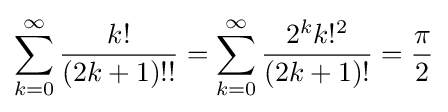
\sum _{k=0}^{\infty }{\frac {k!}{(2k+1)!!}}=\sum _{k=0}^{\infty }{\frac {2^{k}k!^{2}}{(2k+1)!}}={\frac {\pi }{2}}